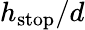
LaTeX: h_{\mathrm{{stop}}}/d